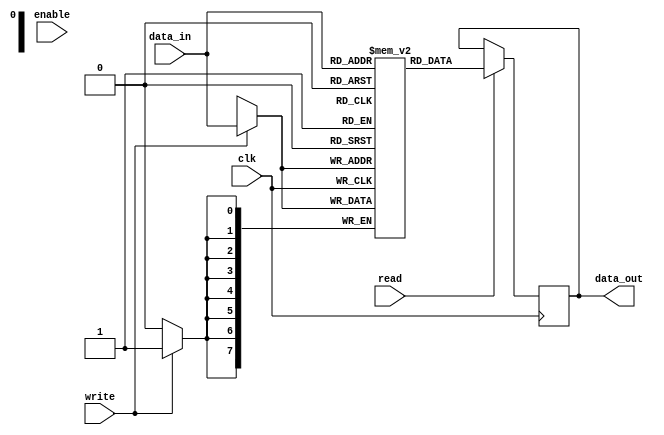
module memory_block (
    input wire clk,
    input wire enable,
    input wire [7:0] data_in,
    output reg [7:0] data_out,
    input wire read,
    input wire write
);
    reg [7:0] memory [0:255]; // 256 x 8-bit memory

    always @(posedge clk) begin
        if (write) begin
            memory[data_in[7:0]] <= data_in; // Write operation
        end
        if (read) begin
            data_out <= memory[data_in[7:0]]; // Read operation
        end
    end
endmodule